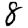
Digit: 8